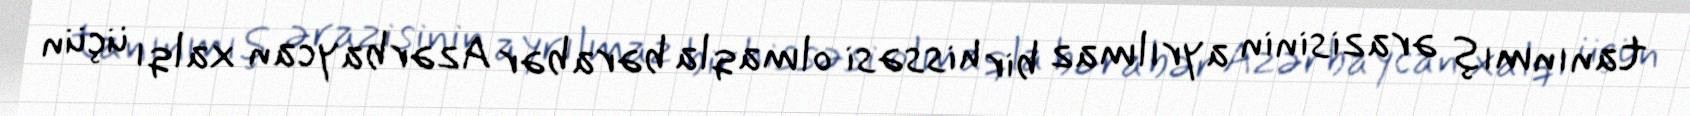
tanınmış ərazisinin ayrılmaz bir hissəsi olmaqla bərabər Azərbaycan xalqı üçün